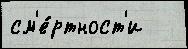
см'е́ртност'и